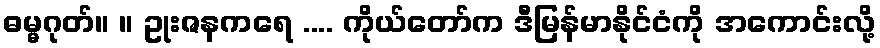
ဓမ္မဂုတ်။ ။ ဥုးဇနကရေ .... ကိုယ်တော်က ဒီမြန်မာနိုင်ငံကို အကောင်းလို့